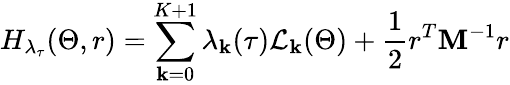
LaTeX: H_{\lambda_{\tau}}(\Theta,r)=\sum_{\mathbf{k}=0}^{K+1}\lambda_{\mathbf{k}}(\tau)\mathcal{{L}}_{\mathbf{k}}(\Theta)+\frac{{1}}{{2}}r^{T}\mathbf{{M}}^{-1}r